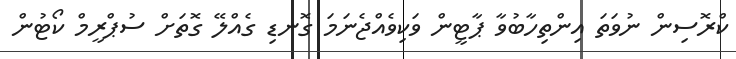
ކްރޮސިން ނުވަތަ އިންތިހާބުވާ ޕާޓީން ވަކިވެއްޖެނަމަ ގޮނޑި ގެއްލޭ ގޮތަށް ސުޕްރީމް ކޯޓުން